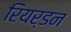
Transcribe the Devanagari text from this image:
रियर्डन